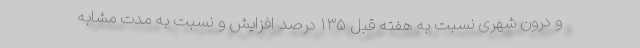
و درون شهری نسبت به هفته قبل ۱۳۵ درصد افزایش و نسبت به مدت مشابه